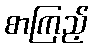
စာကြည့်